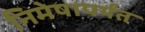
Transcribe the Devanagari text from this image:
निमेषापर्यंत